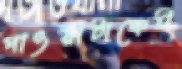
পাওয়াটাকেই